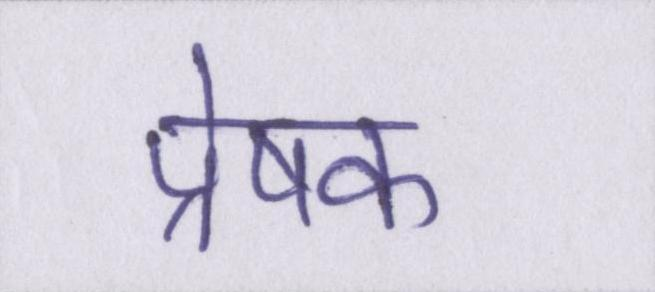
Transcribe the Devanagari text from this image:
प्रेषक